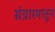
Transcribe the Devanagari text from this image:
संग्रारमातून